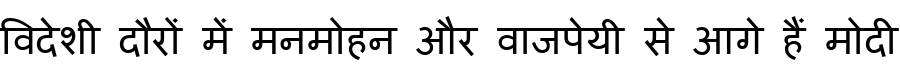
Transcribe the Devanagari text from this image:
विदेशी दौरों में मनमोहन और वाजपेयी से आगे हैं मोदी